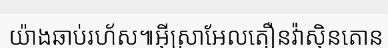
យ៉ាងឆាប់រហ័ស៕អ៊ីស្រាអែលតឿនវ៉ាស៊ិនតោន